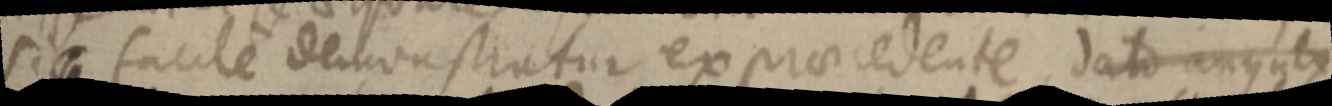
sic facile demonstratur ex praecedente, dato angulo